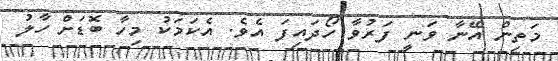
މަތިން އޭނާ ވަނީ ފަރުވާ ހޯދައިފަ އެވެ. އެކަމަކު މިހާ ބޮޑަށް ހާލު